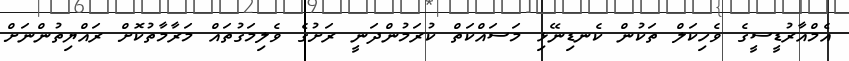
އެމްއާރުޑީސީގެ ވެހިކަލް ތަކުން ކެނޑިނޭޅި މަސައްކަތް ކުރަމުންދަނީ ރަށުގެ ވެލިމަގުތައް މަރާމާތުކޮށް ރައްޔިތުންނަށް